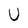
Character: U